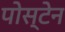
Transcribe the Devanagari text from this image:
पोस्टेन